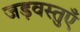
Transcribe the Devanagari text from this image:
जड़वस्तुएँ